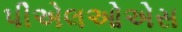
પીએલઓએસ